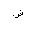
Letter: _dad